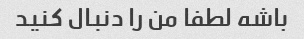
باشه لطفا من را دنبال کنید